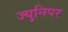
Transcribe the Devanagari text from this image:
ज्युनिपर